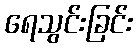
ရေသွင်းခြင်း